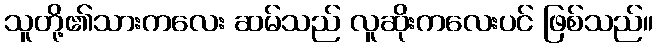
သူတို့၏သားကလေး ဆမ်သည် လူဆိုးကလေးပင် ဖြစ်သည်။